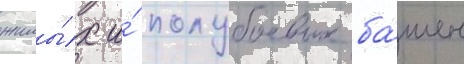
жилы́х и́ полубоевых ба́шен